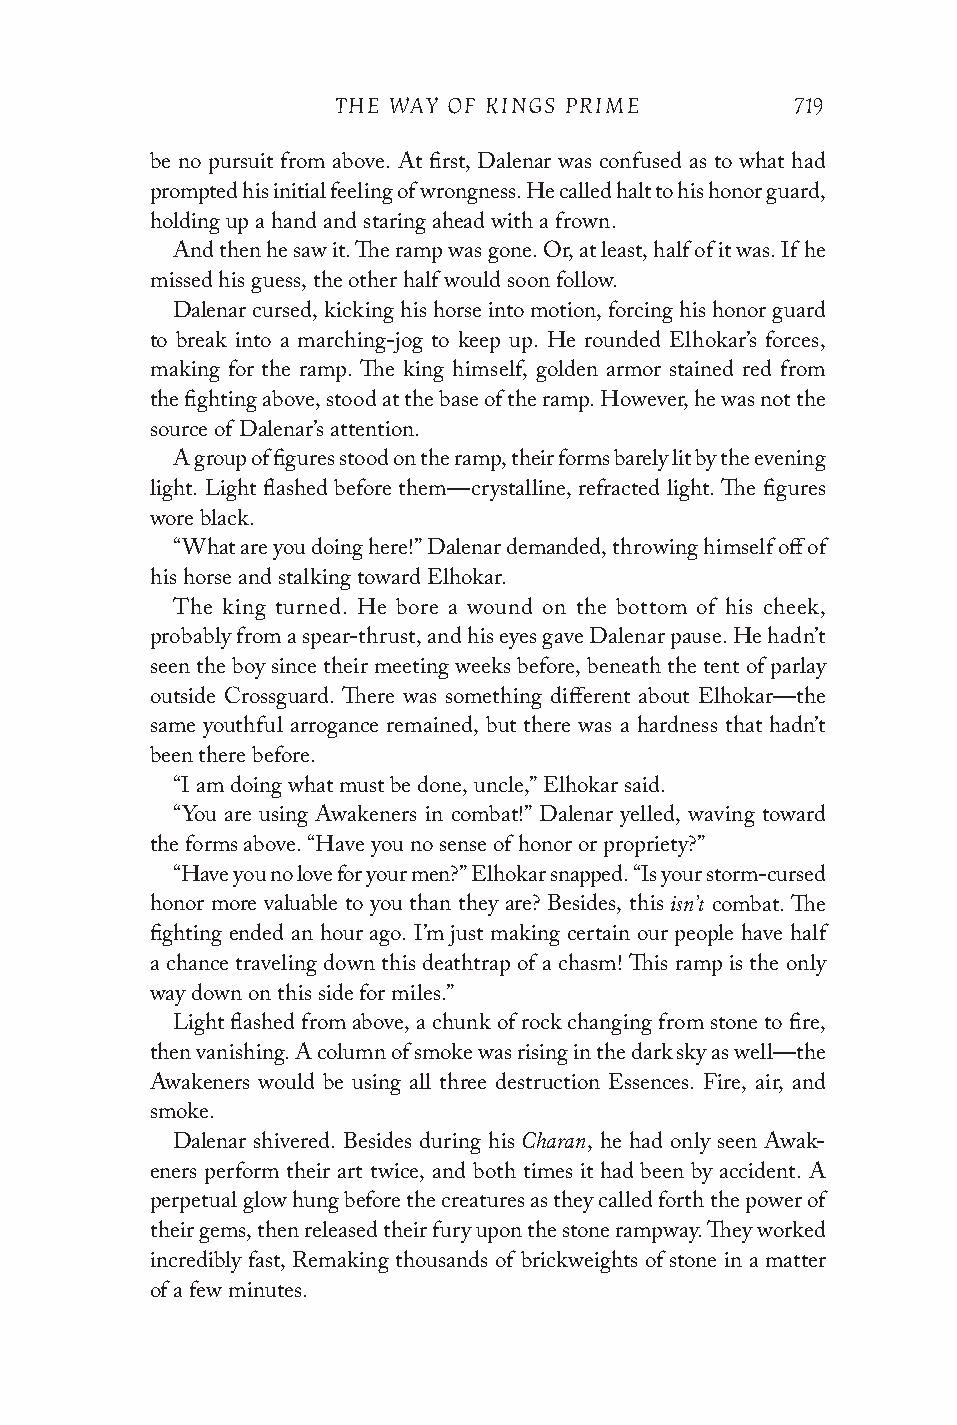
THE WAY OF KINGS PRIME         719
 be no pursuit from above. At first, Dalenar was confused as to what had
 prompted his initial feeling of wrongness. He called halt to his honor guard,
 holding up a hand and staring ahead with a frown.
 And then he saw it. The ramp was gone. Or, at least, half of it was. If he
 missed his guess, the other half would soon follow.
 Dalenar cursed, kicking his horse into motion, forcing his honor guard
 to break into a marching-jog to keep up. He rounded Elhokar’s forces,
 making for the ramp. The king himself, golden armor stained red from
 the fighting above, stood at the base of the ramp. However, he was not the
 source of Dalenar’s attention.
 A group of figures stood on the ramp, their forms barely lit by the evening
 light. Light flashed before them—crystalline, refracted light. The figures
 wore black.
 “What are you doing here!” Dalenar demanded, throwing himself off of
 his horse and stalking toward Elhokar.
 The king turned. He bore a wound on the bottom of his cheek,
 probably from a spear-thrust, and his eyes gave Dalenar pause. He hadn’t
 seen the boy since their meeting weeks before, beneath the tent of parlay
 outside Crossguard. There was something different about Elhokar—the
 same youthful arrogance remained, but there was a hardness that hadn’t
 been there before.
 “I am doing what must be done, uncle,” Elhokar said.
 “You are using Awakeners in combat!” Dalenar yelled, waving toward
 the forms above. “Have you no sense of honor or propriety?”
 “Have you no love for your men?” Elhokar snapped. “Is your storm-cursed
 isn’t
 honor more valuable to you than they are? Besides, this combat. The
 fighting ended an hour ago. I’m just making certain our people have half
 a chance traveling down this deathtrap of a chasm! This ramp is the only
 way down on this side for miles.”
 Light flashed from above, a chunk of rock changing from stone to fire,
 then vanishing. A column of smoke was rising in the dark sky as well—the
 Awakeners would be using all three destruction Essences. Fire, air, and
 smoke.
 Charan
 Dalenar shivered. Besides during his , he had only seen Awak-
 eners perform their art twice, and both times it had been by accident. A
 perpetual glow hung before the creatures as they called forth the power of
 their gems, then released their fury upon the stone rampway. They worked
 incredibly fast, Remaking thousands of brickweights of stone in a matter
 of a few minutes.